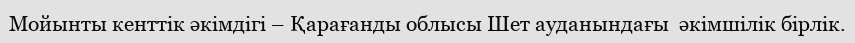
Мойынты кенттік әкімдігі – Қарағанды облысы Шет ауданындағы  әкімшілік бірлік.